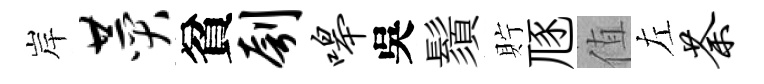
岸赞貧刳嗥吳鬚貯豗值左荼